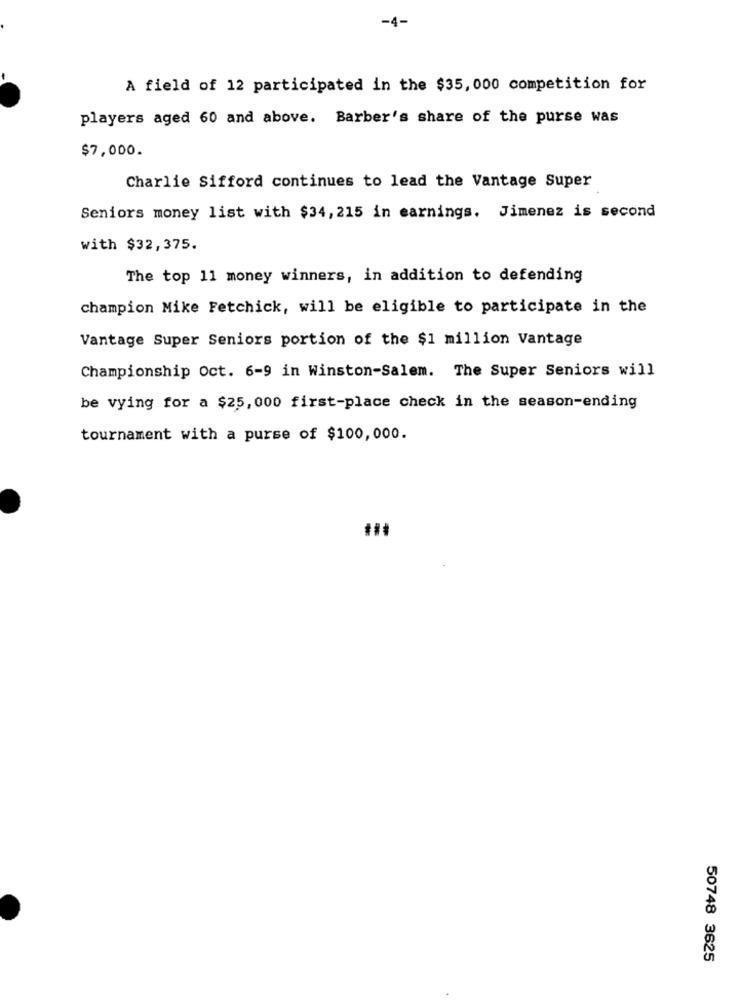
-4-
A field of 12 participated in the $35, 000 competition for
players aged 60 and above. Barber's share of the purse was
$7,000.
Charlie Sifford continues to lead the Vantage Super
Seniors money list with $34, 215 in earnings. Jimenez is second
with $32,375.
The top 11 money winners, in addition to defending
champion Mike Fetchick, will be eligible to participate in the
Vantage Super Seniors portion of the $1 million Vantage
Championship Oct. 6-9 in Winston-Salem. The Super Seniors will
be vying for a $25,000 first-place check in the season-ending
tournament with a purse of $100,000.
50748 3625